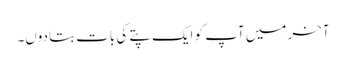
آخر میں آپ کو ایک پتے کی بات بتادوں۔